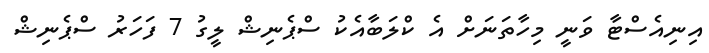
އިނިއެސްޓާ ވަނީ މިހާތަނަށް އެ ކްލަބާއެކު ސްޕެނިޝް ލީގު 7 ފަހަރު ސްޕެނިޝް